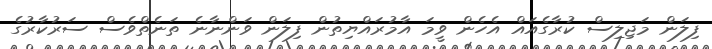
ފިލަން މަޖިލިސް ކުރާގެއައް އެހެން ވީމަ އާމުރައްޔިތުން ފިލަން ވަންނާނެ ތަނެތްވެސް ސަރުކާރުގެ